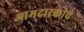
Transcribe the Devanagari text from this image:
आमदारकीचे